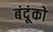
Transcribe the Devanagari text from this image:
बंदूंको